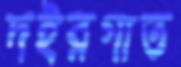
দইরগাত